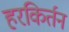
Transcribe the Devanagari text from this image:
हरकिर्तन